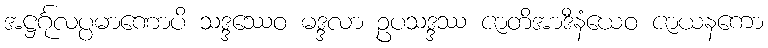
အဋ္ဌင်္ဂုလပ္ပမာဏောပိ သဒ္ဒဿေဝ မဒ္ဒလာ ဥပသဒ္ဒဿ ဇာတိအာဒီနံယေဝ ဇာယနကော